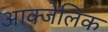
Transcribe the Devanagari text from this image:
आक्जेलिक